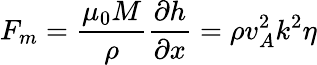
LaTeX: F_{m}=\frac{\mu_{0}M}{\rho}\frac{\partial h}{\partial x}=\rho v_{A}^{2}k^{2}\eta